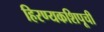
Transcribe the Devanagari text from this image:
हिरण्यकशिपूची